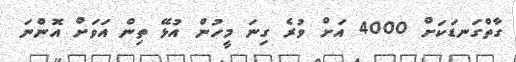
ގާތްގަނޑަކަށް 4000 އަށް ވުރެ ގިނަ މީހުން އުޅޭ ތިން އަވަށް އޮންނަ